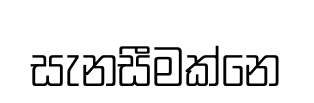
සැනසීමක්නෙ